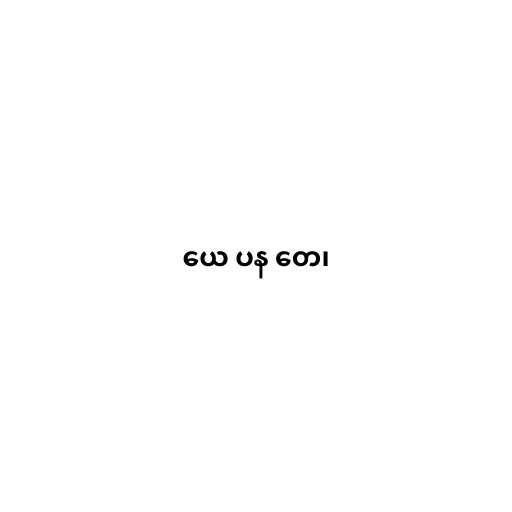
ယေ ပန တေ၊